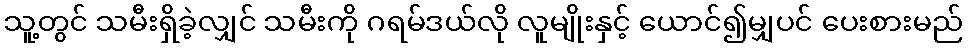
သူ့တွင် သမီးရှိခဲ့လျှင် သမီးကို ဂရမ်ဒယ်လို လူမျိုးနှင့် ယောင်၍မျှပင် ပေးစားမည်